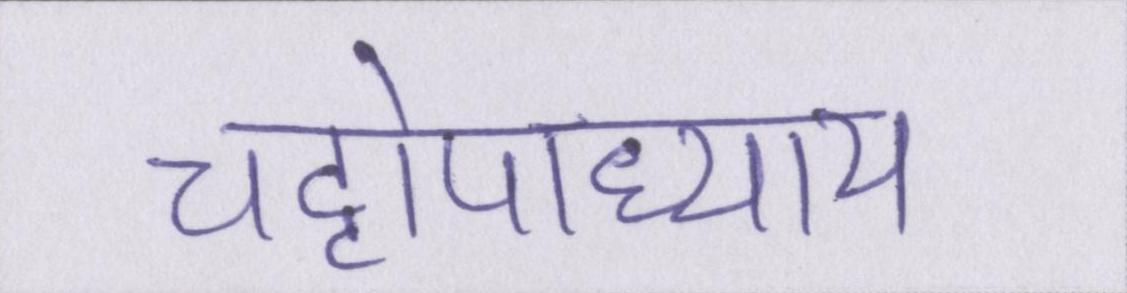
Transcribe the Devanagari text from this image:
चट्टोपाध्याय